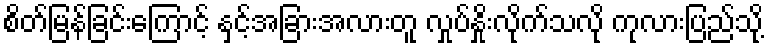
စိတ်မြန်ခြင်းကြောင့် နှင့်အခြားအလားတူ လှုပ်နှိုးလိုက်သလို ကုလားပြည်သို့